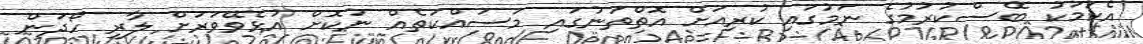
އެކަމަކު ބޭސްކުރުމުގެ ނަމުގައި ކުރިއަށް އޮތްތަނުގައި މަސައްކަތެއް ނުކޮށް އުޅެވޭވަރަށް ލާރި ހޯދަން